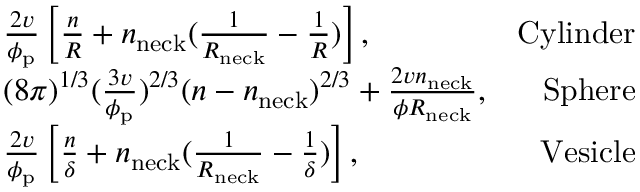
\begin{array} { r l r } & { \frac { 2 v } { \phi _ { \mathrm { p } } } \left[ \frac { n } { R } + n _ { \mathrm { n e c k } } ( \frac { 1 } { R _ { \mathrm { n e c k } } } - \frac { 1 } { R } ) \right] , } & { \mathrm { C y l i n d e r } } \\ & { ( 8 \pi ) ^ { 1 / 3 } ( \frac { 3 v } { \phi _ { \mathrm { p } } } ) ^ { 2 / 3 } ( n - n _ { \mathrm { n e c k } } ) ^ { 2 / 3 } + \frac { 2 v n _ { \mathrm { n e c k } } } { \phi R _ { \mathrm { n e c k } } } , } & { \mathrm { S p h e r e } } \\ & { \frac { 2 v } { \phi _ { \mathrm { p } } } \left[ \frac { n } { \delta } + n _ { \mathrm { n e c k } } ( \frac { 1 } { R _ { \mathrm { n e c k } } } - \frac { 1 } { \delta } ) \right] , } & { \mathrm { V e s i c l e } } \end{array}